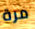
مرة